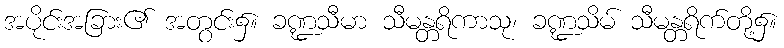
အပိုင်းအခြား၏ အတွင်း၌။ ခဏ္ဍသီမာ သီမန္တရိကာသု၊ ခဏ္ဍသိမ် သီမန္တရိက်တို့၌။